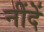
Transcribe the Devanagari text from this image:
नींदें